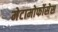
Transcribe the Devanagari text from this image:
मेटामोर्फोसेस